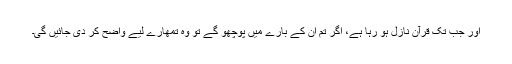
اور جب تک قرآن نازل ہو رہا ہے، اگر تم ان کے بارے میں پوچھو گے تو وہ تمھارے لیے واضح کر دی جائیں گی۔